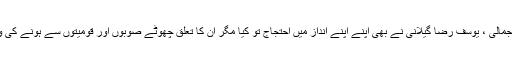
جونیجو، بھٹو، بے نظیر بھٹو، ظفر اللہ جمالی ، یوسف رضا گیلانی نے بھی اپنے اپنے انداز میں احتجاج تو کیا مگر ان کا تعلق چھوٹے صوبوں اور قومیتوں سے ہونے کی وجہ سے ان کی بات کسی نے نہیں سنی۔